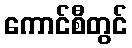
ကောင်စီတွင်